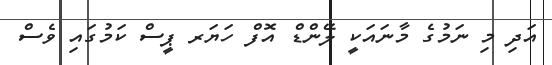
އަދި މި ނަމުގެ މާނައަކީ ލޭންޑް އޮފް ހަޔަރ ޕީސް ކަމުގައި ވެސް